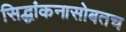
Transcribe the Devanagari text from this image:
सिद्धांकनासोबतच